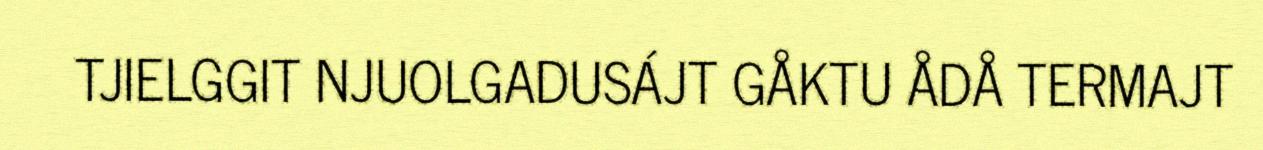
TJIELGGIT NJUOLGADUSÁJT GÅKTU ÅDÅ TERMAJT